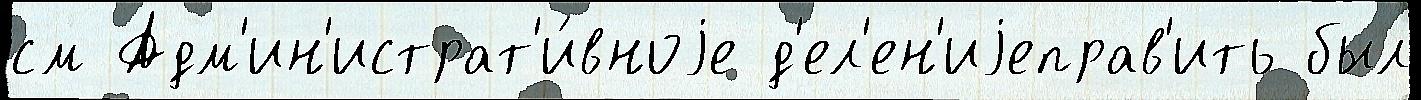
см Адм'ин'истрат'и́вноjе д'ел'ен'иjеправ'ить был